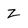
Character: z